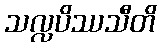
သလ္လပိဿသီတိ